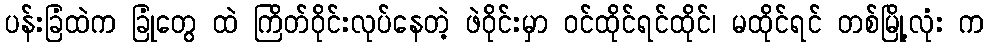
ပန်းခြံထဲက ခြုံတွေ ထဲ ကြိတ်ဝိုင်းလုပ်နေတဲ့ ဖဲဝိုင်းမှာ ဝင်ထိုင်ရင်ထိုင်၊ မထိုင်ရင် တစ်မြို့လုံး က